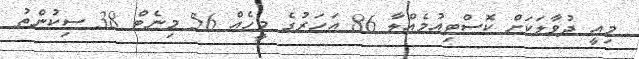
މިއީ ދުވާލަކަށް ކޮސްޓިއުމެއްލާ 86 އަހަރުގެ މީހެއް 56 މިނެޓް 38 ސިކުންތު